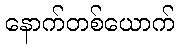
နောက်တစ်ယောက်